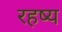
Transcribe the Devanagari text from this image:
रहष्य